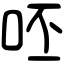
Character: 呸